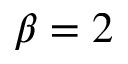
\beta = 2